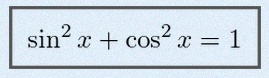
\sin^2x+\cos^2x=1